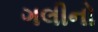
ગલીનો